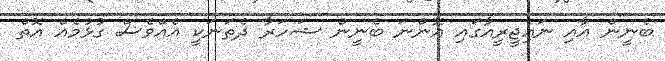
ބެނީން އާއި ނައިޖީރީއާގައި އޮންނަ ބެނީން ޝަހަރާ ދެތަނަކީ އެއްވެސް ގުޅުމެއް އޮތް